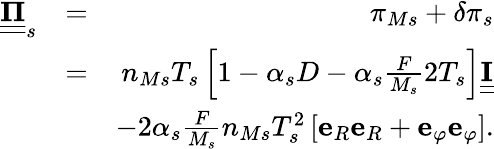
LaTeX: \begin{array}{rlr}{\underline{{\underline{{\mathbf{\Pi}}}}}_{s}}&{=}&{\pi_{Ms}+\delta\pi_{s}}\\ &{=}&{n_{Ms}T_{s}\left[1-\alpha_{s}D-\alpha_{s}\frac{F}{M_{s}}2T_{s}\right]\underline{{\underline{{\mathbf{I}}}}}}\\ &{}&{-2\alpha_{s}\frac{F}{M_{s}}n_{Ms}T_{s}^{2}\left[\mathbf{e}_{R}\mathbf{e}_{R}+\mathbf{e}_{\varphi}\mathbf{e}_{\varphi}\right].}\end{array}